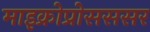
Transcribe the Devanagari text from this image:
माइक्रोप्रोसससर